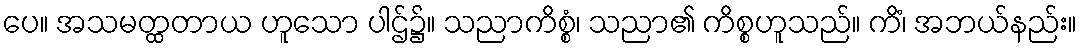
ပေ။ အသမတ္ထတာယ ဟူသော ပါဌ်၌။ သညာကိစ္စံ၊ သညာ၏ ကိစ္စဟူသည်။ ကိံ၊ အဘယ်နည်း။